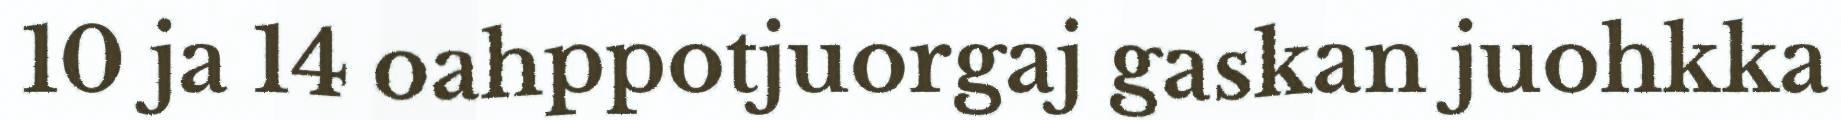
10 ja 14 oahppotjuorgaj gaskan juohkka